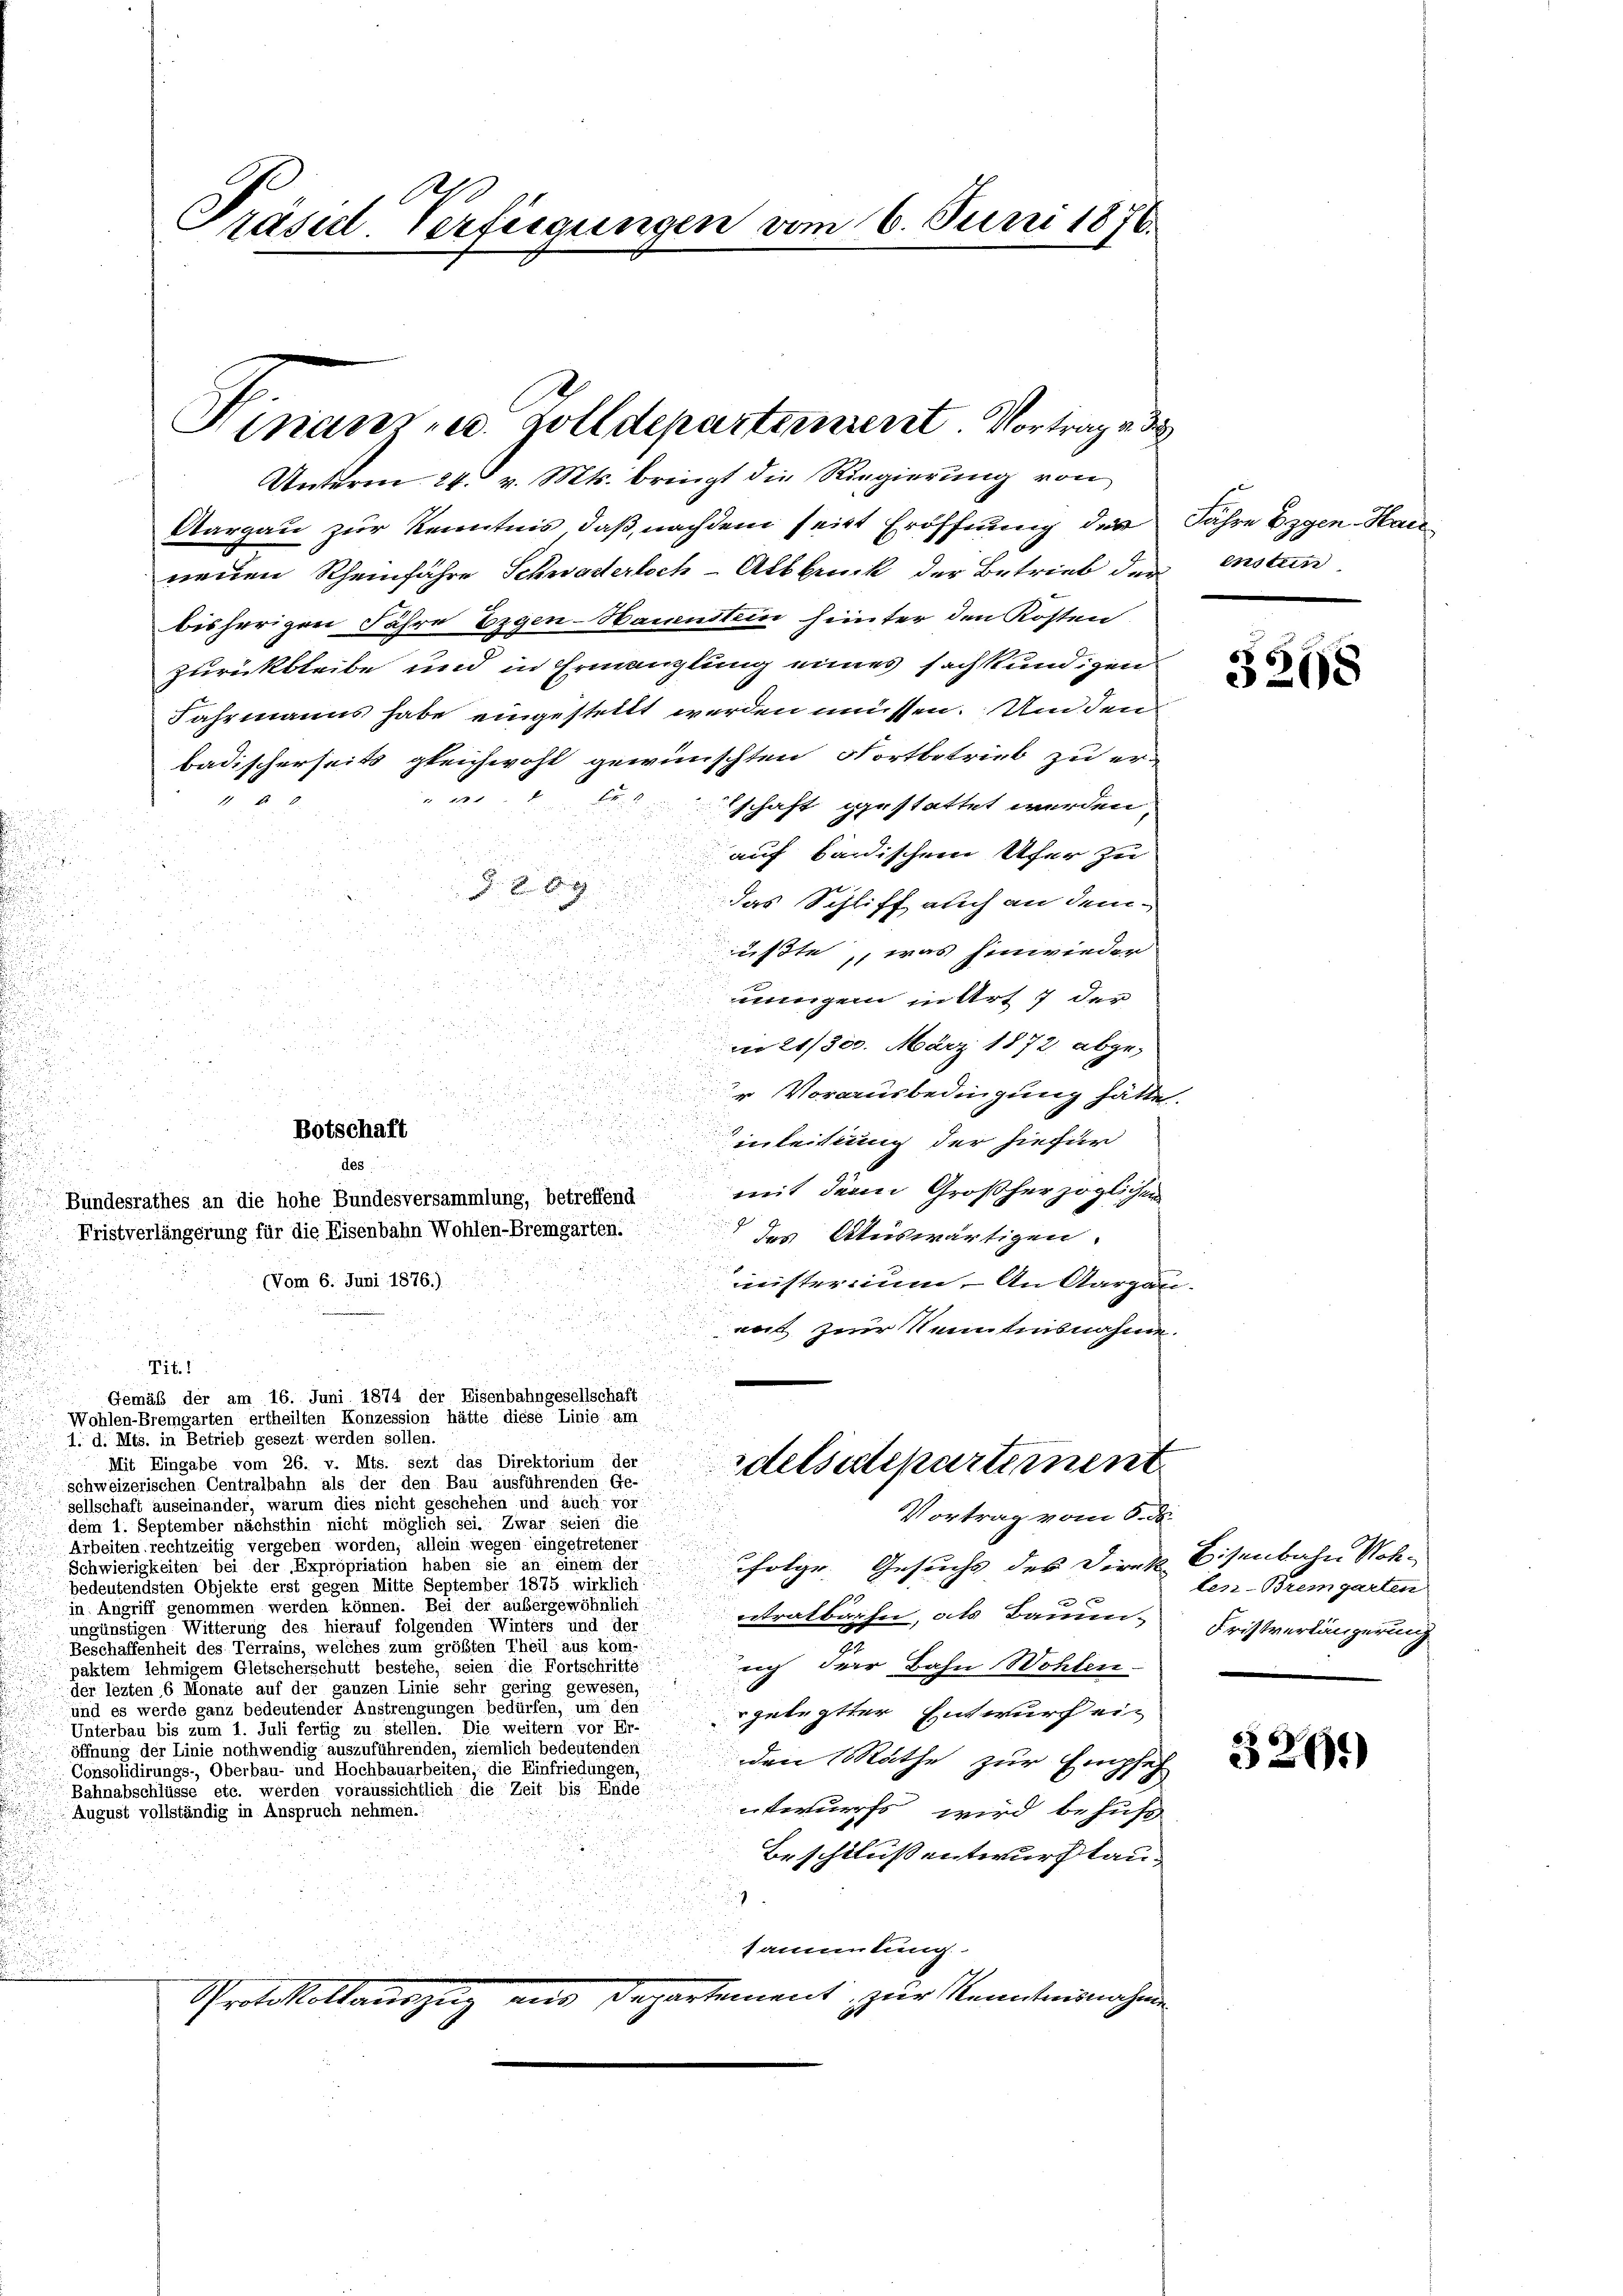
Präsidl Verfügungen vom 16. Juni 1876.

Finanz u. Zolldepartienrent. Vortrages
Unterm 24. v. Mts. bringt die Regierung von

Aargau zur Kenntnis, daß nachdem seit Eröffnung der Jahre Eigen Hanneuen Rheinfahre Schwaderloch-Albbruck der Betrieb der instun
bisherigen Jahre Eigen-Namenstein heinter den Kosten
zurückbleibe und in Ermanglung eines sachkundigen
Jahrmanns habe eingestellt werden müssen. Um den
badischerseits gleichwohl gewünschten Fortbetrieb zu er-
 410

eschaft gestattet werden,
auf badischen Ufer zu
g
das Schliff auch an dem
ußte, was hinwieder
u

unngen in Art 7 der
n
mn 21/300. März 1872 abger Vorausbedingung hätte.

d
d
inleitung der hiefür
mit dem Großherzoglichen
des Auswärtigen.
(Vom 6. Juni 1876.)
meisterium. An Aargau.
mut zur Kenntnisnahme.
n
Tit. 1
Gemäß der am 16. Juni 1874 der Eisenbahngesellschaft
Wohlen-Bremgarten ertheilten Konzession hätte diese Linie am
1. d. Mts. in Betrieb gesezt werden sollen.
Mit Eingabe vom 26. v. Mts. sezt das Direktorium der
delsatepartement
Schweizerischen Centralbahn als der den Bau ausführenden Ge-
sellschaft auseinander, warum dies nicht geschehen und auch vor:
Vortrag vom 8. d.
dem 1. September nächsthin nicht möglich sei. Zwar seien die
Arbeiten rechtzeitig vergeben worden, allein wegen eingetretener
folge Gesuchs des Direk Eisenbahn Woh- |
Schwierigkeiten bei der Expropriation haben sie an einem der
bedeutendsten Objekte erst gegen Mitte September 1875 wirklich:
u

in Zugrill genommen werden können. Bei der anbergersönlich tratbahn, als Baume, Fristverlängerung
ungünstigen Witterung des hierauf folgenden Winters und der
Beschaffenheit des Terrains, welches zum größten Theil aus kom-
uch der Bahn Wohlen
paktem lehmigem Gletscherschutt bestehe, seien die Fortschritte
der lezten 6 Monate auf der ganzen Linie sehr gering gewesen,
und es werde ganz bedeutender Anstrengungen bedürfen, um den
rgelegter Entwurf ein
Unterbau bis zum 1. Juli fertig zu stellen. Die weitern vor Er-
öffnung der Linie nothwendig auszuführenden, ziemlich bedeutenden
den Räthe zur Empfeh
Consolidirungs-, Oberbau- und Hochbauarbeiten, die Einfriedungen,
Bahnabschlüsse etc. werden voraussichtlich die Zeit bis Ende
.
ntwurfs wird behuf
August vollständig in Anspruch nehmen.
Beschlussentwurf lau¬
.
.
sammlung
Protokollauszug aus Departement zur Kenntnisnahme

d
Botschaft
Bundesrathes an die hohe Bundesversammlung, betreffend
Fristverlängerung für die Eisenbahn Wohlen-Bremgarten.

des.

.

3268

len-Bremgarten

3261)